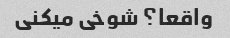
واقعا؟ شوخی میکنی